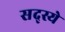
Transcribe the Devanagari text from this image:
सद्स्ये